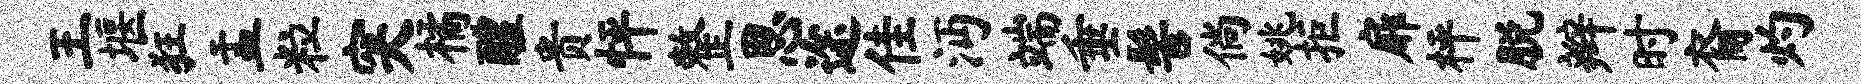
王堰狂盂粒突橘醴贵怦整思途佳沔端垂髻倘姚拒扉枰脱辫时裔灼